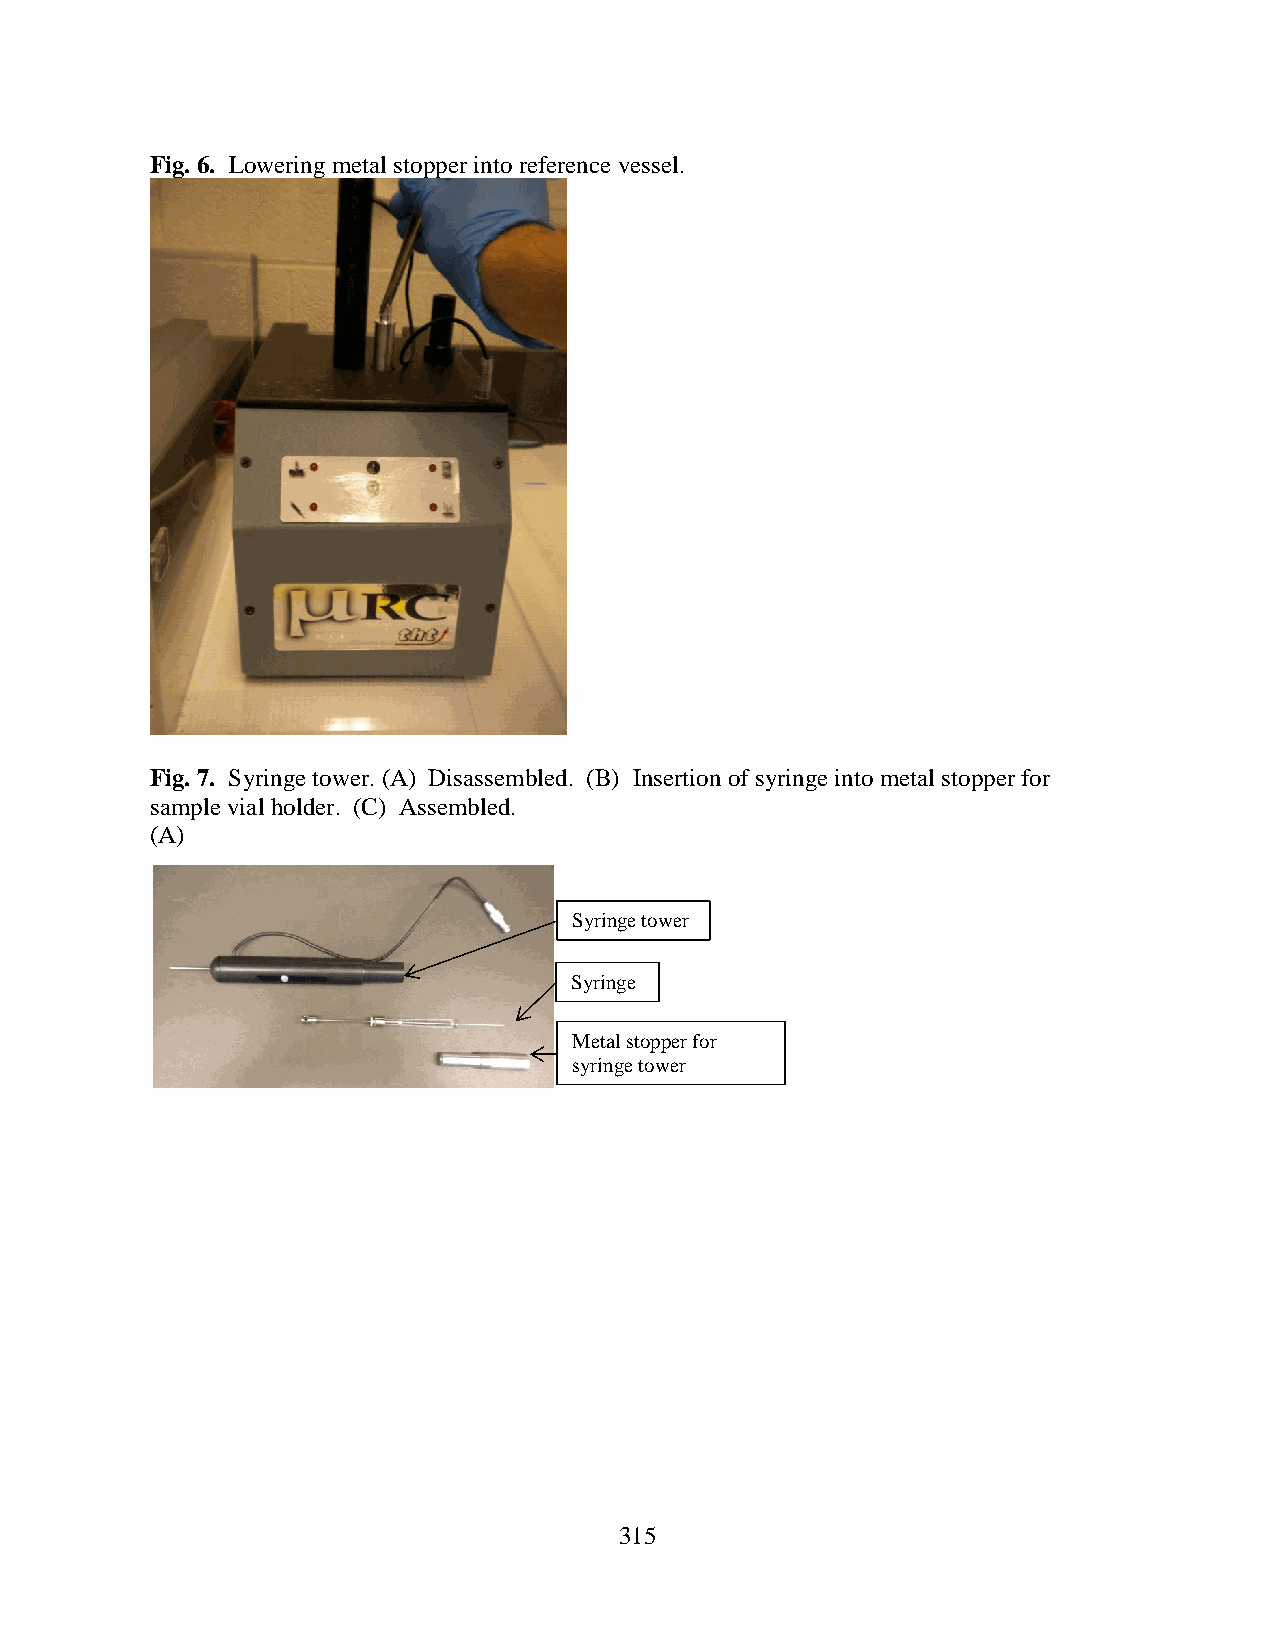
Fig. 6. Lowering metal stopper into reference vessel.
 Fig. 7. Syringe tower. (A) Disassembled. (B) Insertion of syringe into metal stopper for
 sample vial holder. (C) Assembled.
 (A)
 Syringe tower
 Syringe
 Metal stopper for
 syringe tower
 315